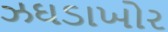
ઝઘડાખોર